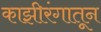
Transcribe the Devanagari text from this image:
काझीरंगातून